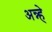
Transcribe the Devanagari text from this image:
अन्न्हे